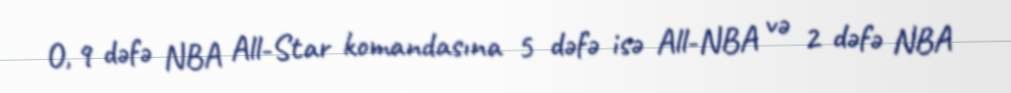
O, 9 dəfə NBA All-Star komandasına 5 dəfə isə All-NBA və 2 dəfə NBA